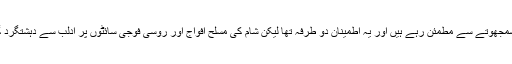
پیسکوف نے مزید کہا کہ ہم گذشتہ ایک برس کے دوران سوچی سمجھوتے سے مطمئن رہے ہیں اور یہ اطمینان دو طرفہ تھا لیکن شام کی مسلح افواج اور روسی فوجی سائٹوں پر ادلب سے دہشتگرد گروہوں اور جنگجئوں کے حملوں سے ہم پوری طرح ناراض ہیں۔